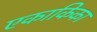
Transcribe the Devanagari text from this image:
एकाकिका